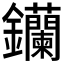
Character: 钄